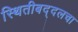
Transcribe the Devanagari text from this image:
स्थितीबद्दलचा